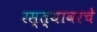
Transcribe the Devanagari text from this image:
रस्त्यावरचे